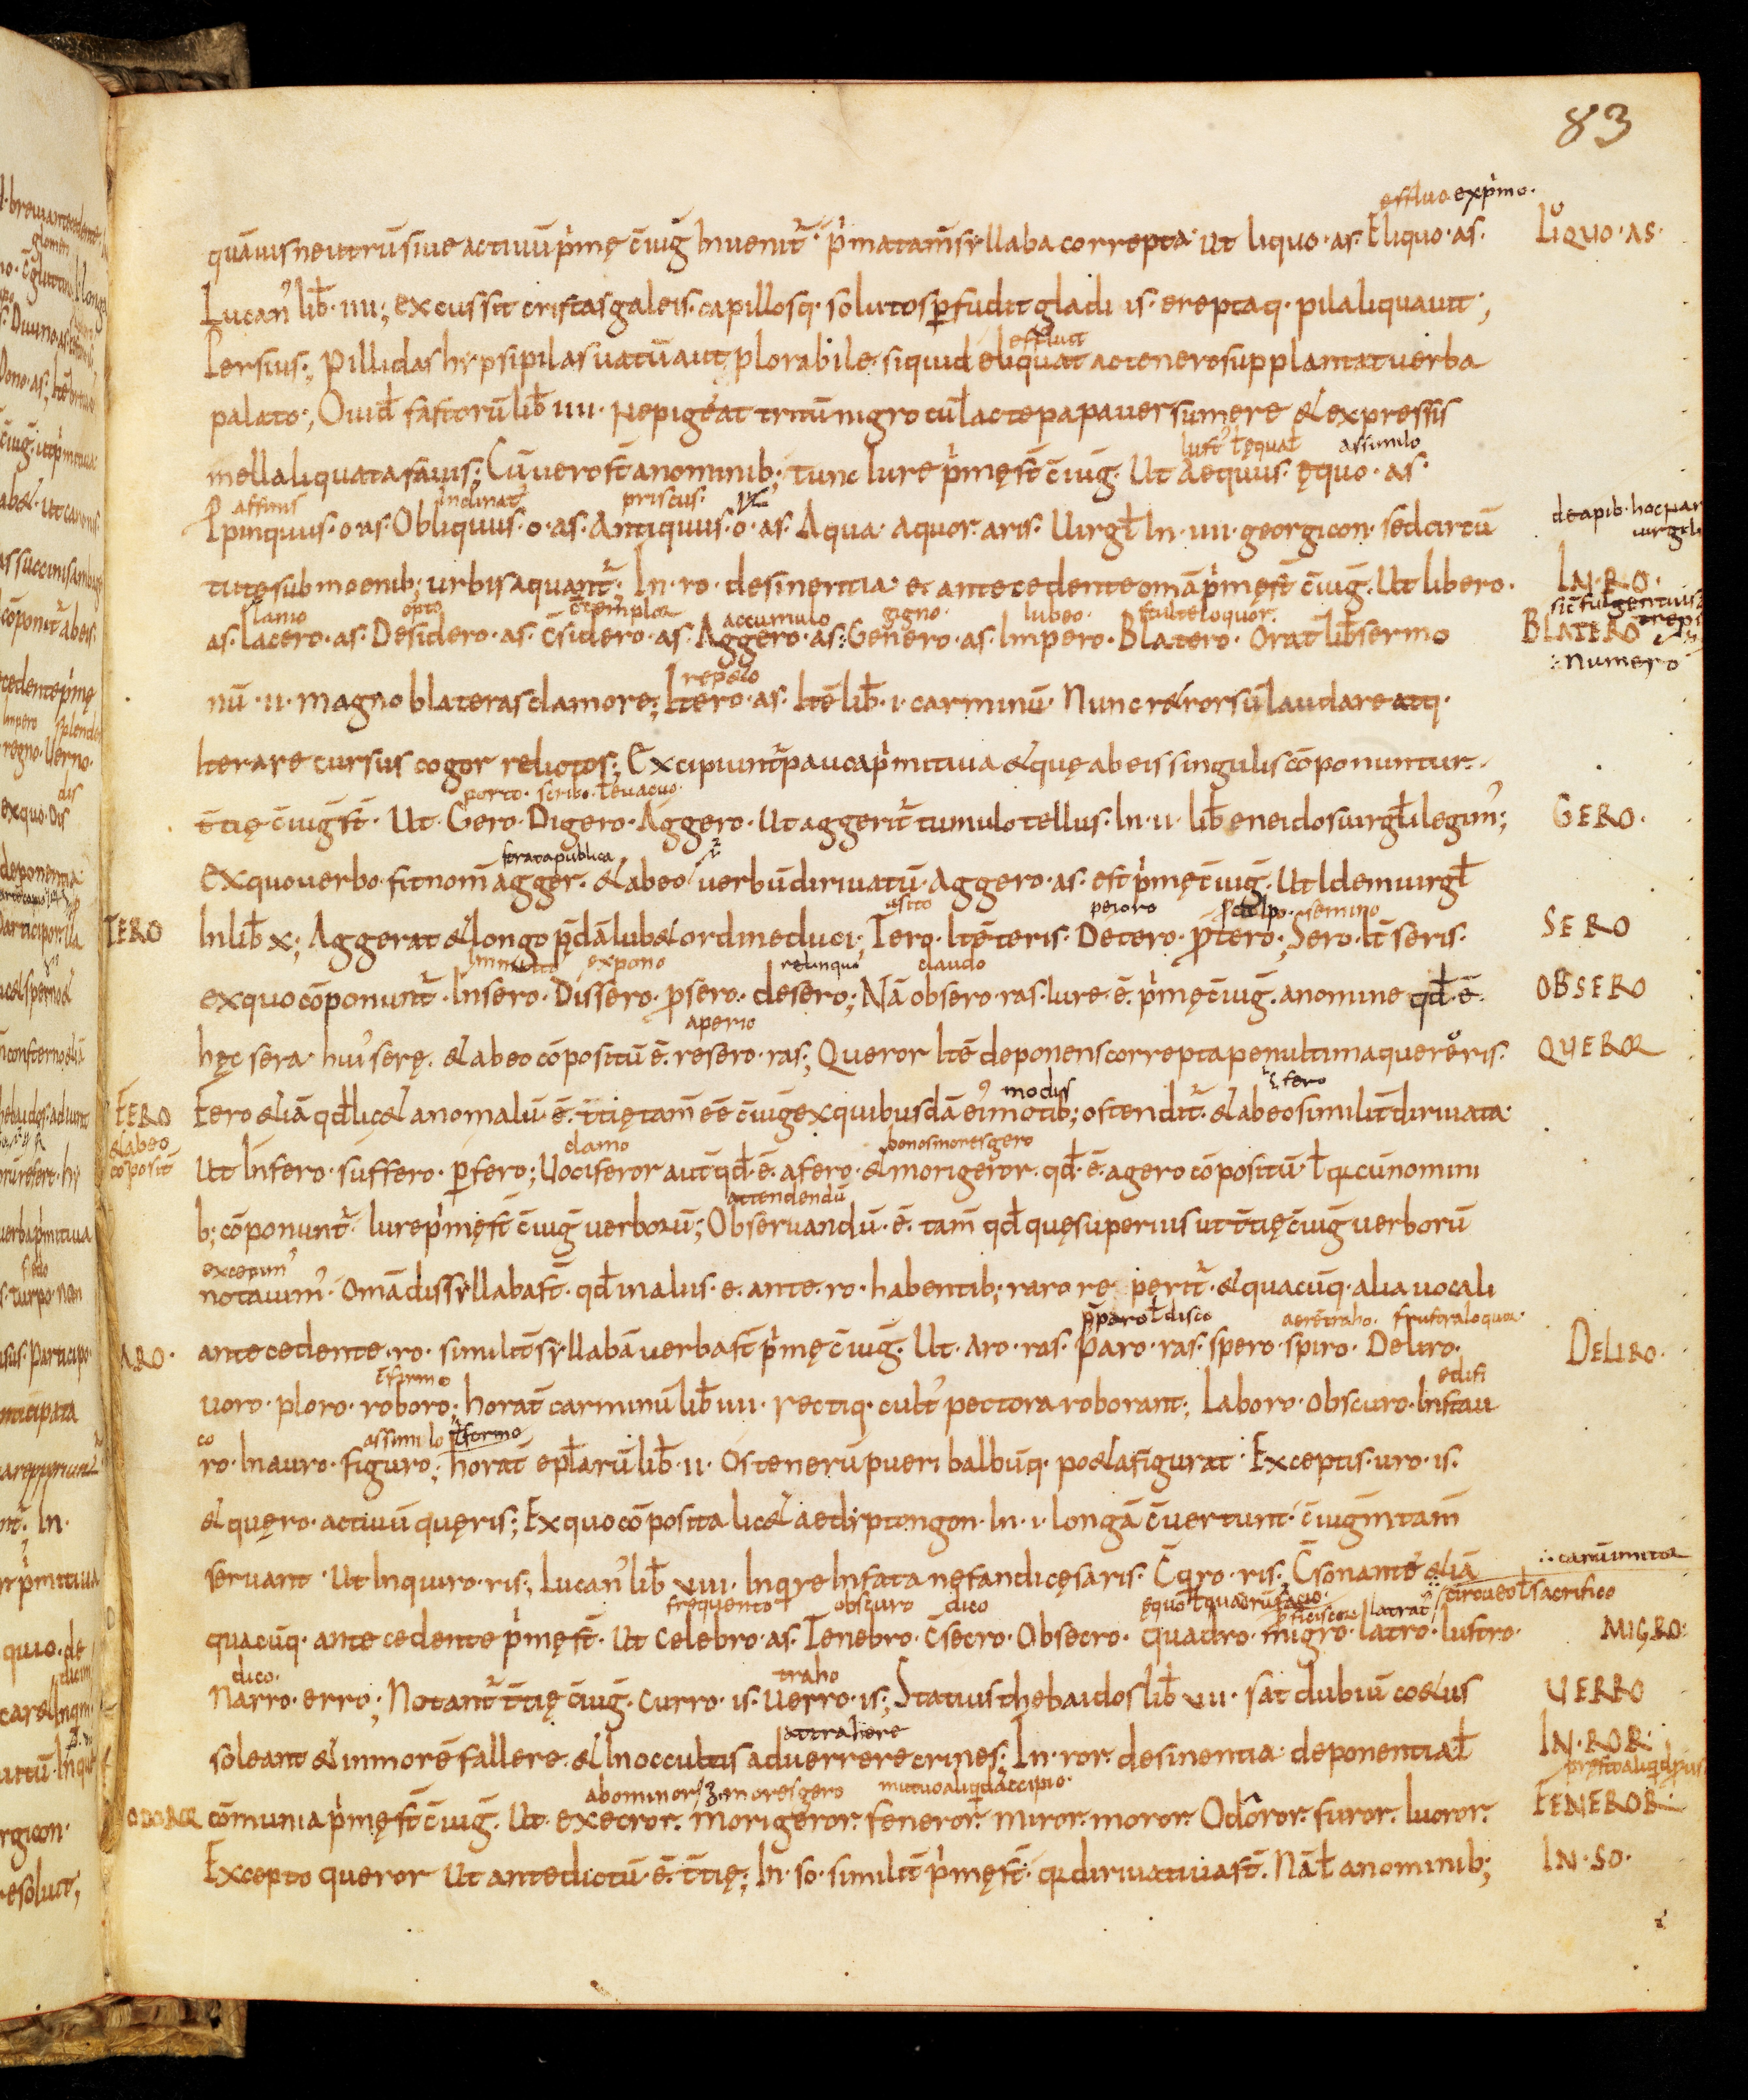
Shelfmark: Bamberg, Staatsbibliothek, MS Class. 30
Century: 9